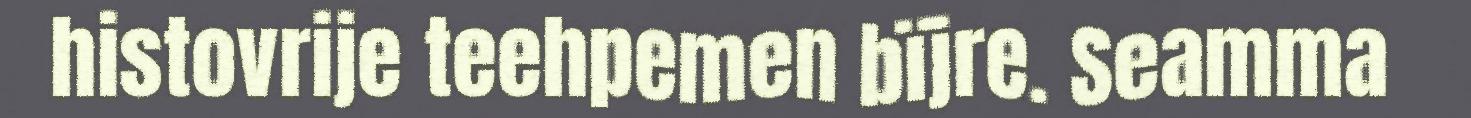
histovrije teehpemen bïjre. Seamma